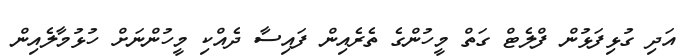
އަދި ގުޅިފަޅުން ފްލެޓް ގަތް މީހުންގެ ތެރެއިން ފައިސާ ދެއްކި މީހުންނަށް ހުޅުމާލެއިން